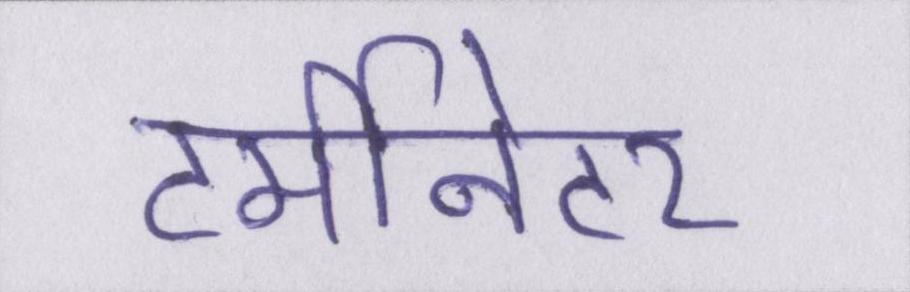
टर्मीनेटर